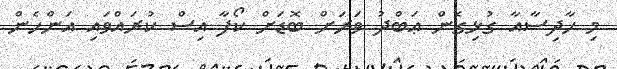
މި ހާދިސާއާ ގުޅިގެން ޢަބްދު ވަރަށް ބޮޑަށް ކޯފާ އިސް ކުރައްވައި އަންހެން